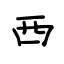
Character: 西